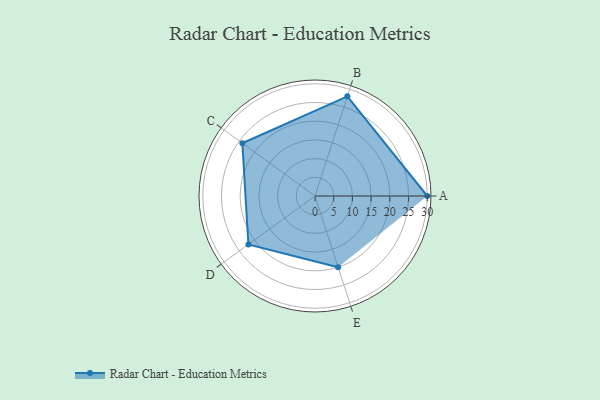
{"axis": {"x": "Skill", "y": "Score"}, "legend": ["Profile"], "data": [{"x": "A", "y": 30.0, "type": "Profile"}, {"x": "B", "y": 28.0, "type": "Profile"}, {"x": "C", "y": 24.0, "type": "Profile"}, {"x": "D", "y": 22.0, "type": "Profile"}, {"x": "E", "y": 20, "type": "Profile"}]}